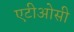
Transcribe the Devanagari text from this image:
एटीओसी